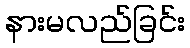
နားမလည်ခြင်း